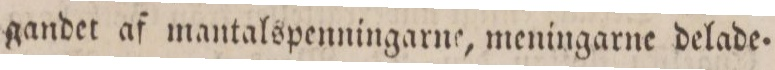
gandet af mantalspenningarne, meningarne delade=